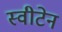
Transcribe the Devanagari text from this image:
स्वीटेन